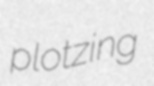
plotzing